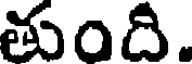
తుంది.